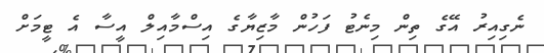
ނެގިއިރު އޭގެ ތިން މިނެޓު ފަހުން މާޒިޔާގެ އިސްމާއިލް އީސާ އެ ޓީމަށް